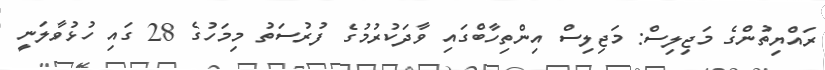
ރައްޔިތުންގެ މަޖިލިސް: މަޖިލިސް އިންތިހާބްގައި ވާދަކުރުމުގެ ފުރުސަތު މިމަހުގެ 28 ގައި ހުޅުވާލަނީ